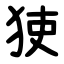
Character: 㹬